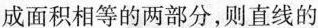
成面积相等的两部分，则直线的